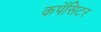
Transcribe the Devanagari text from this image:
कपॅसिटर